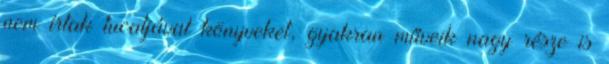
nem írtak tucatjával könyveket, gyakran műveik nagy része is